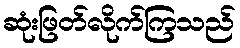
ဆုံးဖြတ်လိုက်ကြသည်